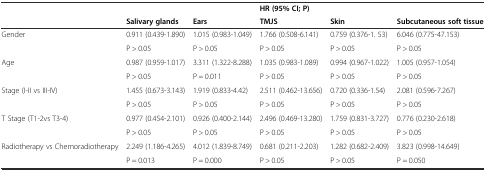
|  |  |  | HR (95% CI; P) |  |  |
 |  | Salivary glands | Ears | TMJS | Skin | Subcutaneous soft tissue |
 | --- | --- | --- | --- | --- | --- |
 | <ROWSPAN=2> Gender | 0.911 (0.439-1.890) | 1.015 (0.983-1.049) | 1.766 (0.508-6.141) | 0.759 (0.376-1. 53) | 6.046 (0.775-47.153) |
 | P > 0.05 | P > 0.05 | P > 0.05 | P > 0.05 | P > 0.05 |
 | <ROWSPAN=2> Age | 0.987 (0.959-1.017) | 3.311 (1.322-8.288) | 1.035 (0.983-1.089) | 0.994 (0.967-1.022) | 1.005 (0.957-1.054) |
 | P > 0.05 | P = 0.011 | P > 0.05 | P > 0.05 | P > 0.05 |
 | <ROWSPAN=2> Stage (I-II vs III-IV) | 1.455 (0.673-3.143) | 1.919 (0.833-4.42) | 2.511 (0.462-13.656) | 0.720 (0.336-1.54) | 2.081 (0.596-7.267) |
 | P > 0.05 | P > 0.05 | P > 0.05 | P > 0.05 | P > 0.05 |
 | <ROWSPAN=2> T Stage (T1-2vs T3-4) | 0.977 (0.454-2.101) | 0.926 (0.400-2.144) | 2.496 (0.469-13.280) | 1.759 (0.831-3.727) | 0.776 (0.230-2.618) |
 | P > 0.05 | P > 0.05 | P > 0.05 | P > 0.05 | P > 0.05 |
 | <ROWSPAN=2> Radiotherapy vs Chemoradiotherapy | 2.249 (1.186-4.265) | 4.012 (1.839-8.749) | 0.681 (0.211-2.203) | 1.282 (0.682-2.409) | 3.823 (0.998-14.649) |
 | P = 0.013 | P = 0.000 | P > 0.05 | P > 0.05 | P = 0.050 |